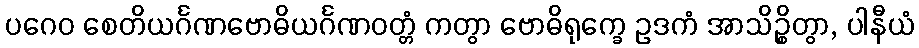
ပဂေဝ စေတိယင်္ဂဏဗောဓိယင်္ဂဏဝတ္တံ ကတွာ ဗောဓိရုက္ခေ ဥဒကံ အာသိဉ္စိတွာ, ပါနီယံ